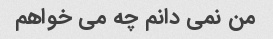
من نمی دانم چه می خواهم